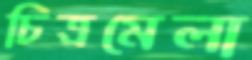
চিত্রমেলা